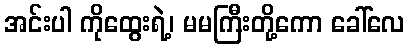
အင်းပါ ကိုထွေးရဲ့၊ မမကြီးတို့ကော ခေါ်လေ